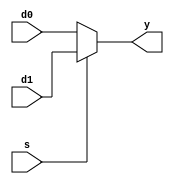
module mux2 (d0, d1, s, y);
input [31:0] d0, d1;
input s;
output reg [31:0] y;

// assign y = s ? d1 : d0;
always @(*)
begin
  case(s)
    1: y = d1;
    default: y = d0;
  endcase
end

endmodule